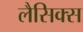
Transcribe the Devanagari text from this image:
लैसिक्स